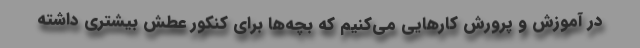
در آموزش و پرورش کارهایی می‌کنیم که بچه‌ها برای کنکور عطش بیشتری داشته